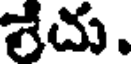
శేదు.